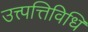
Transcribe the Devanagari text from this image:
उत्त्पत्तिविधि